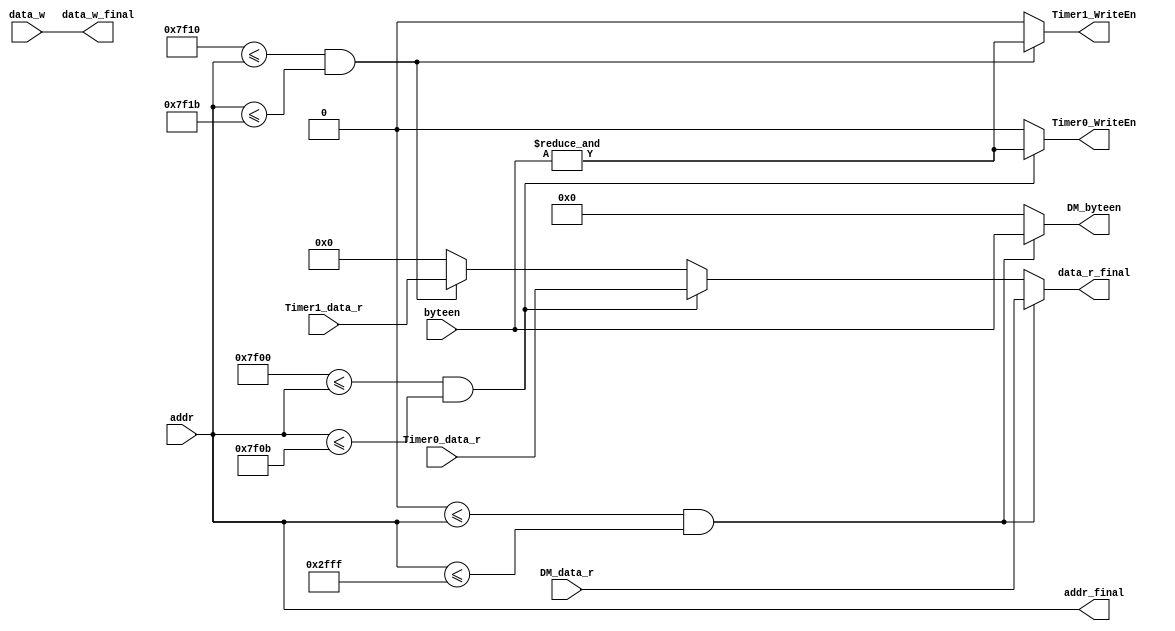
`timescale 1ns / 1ps
//////////////////////////////////////////////////////////////////////////////////
// Company: 
// Engineer: 
// 
// Design Name: 
// Module Name:    Bridge 
// Project Name: 
// Target Devices: 
// Tool versions: 
// Description: 
//
// Dependencies: 
//
// Revision: 
// Revision 0.01 - File Created
// Additional Comments: 
//
//////////////////////////////////////////////////////////////////////////////////
module Bridge(
    input [31:0]    addr,
    input [31:0]    data_w,

    input [3:0]     byteen,

    input [31:0]    DM_data_r,
    input [31:0]    Timer0_data_r,
    input [31:0]    Timer1_data_r,

    output [31:0]   addr_final,
    output [31:0]   data_w_final,

    output [31:0]   data_r_final,
    
    output [3:0]    DM_byteen,
    output [0:0]    Timer0_WriteEn,
    output [0:0]    Timer1_WriteEn
    );

    assign addr_final = addr;
    assign data_w_final = data_w;
    assign data_r_final = (32'h0000_0000 <= addr && addr <= 32'h0000_2fff) ? DM_data_r :
                          (32'h0000_7f00 <= addr && addr <= 32'h0000_7f0b) ? Timer0_data_r :
                          (32'h0000_7f10 <= addr && addr <= 32'h0000_7f1b) ? Timer1_data_r :
                          32'h0000_0000;
    assign DM_byteen = (32'h0000_0000 <= addr && addr <= 32'h0000_2fff) ? byteen : 4'b0000;
    assign Timer0_WriteEn = (32'h0000_7f00 <= addr && addr <= 32'h0000_7f0b) ? (&byteen) : 1'b0;
    assign Timer1_WriteEn = (32'h0000_7f10 <= addr && addr <= 32'h0000_7f1b) ? (&byteen) : 1'b0;
endmodule